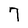
Character: 7